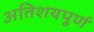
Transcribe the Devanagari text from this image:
अतिशयपूर्ण